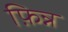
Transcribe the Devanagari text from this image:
फ़िन्न